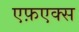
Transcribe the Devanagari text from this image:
एफ़एक्स